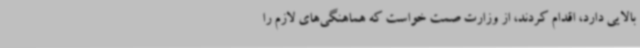
بالایی دارد، اقدام کردند، از وزارت صمت خواست که هماهنگی‌های لازم را